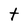
Character: t